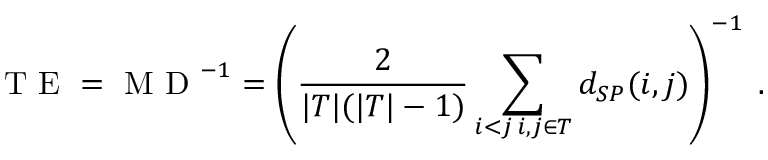
\mathrm { ~ T ~ E ~ } = \mathrm { ~ M ~ D ~ } ^ { - 1 } = \left( \frac { 2 } { | T | ( | T | - 1 ) } \sum _ { \substack { i < j \, i , j \in T } } d _ { S P } ( i , j ) \right) ^ { - 1 } \; .